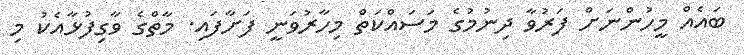
ބައެއް މީހުންނަށް ފަރުވާ ދިނުމުގެ މަސައްކަތް މިހާރުވަނީ ފަށާފައި. މާތްގެ ވާގިފުޅާއެކު މި